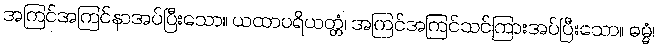
အကြင်အကြင်နာအပ်ပြီးသော။ ယထာပရိယတ္တံ၊ အကြင်အကြင်သင်ကြားအပ်ပြီးသော။ ဓမ္မံ၊